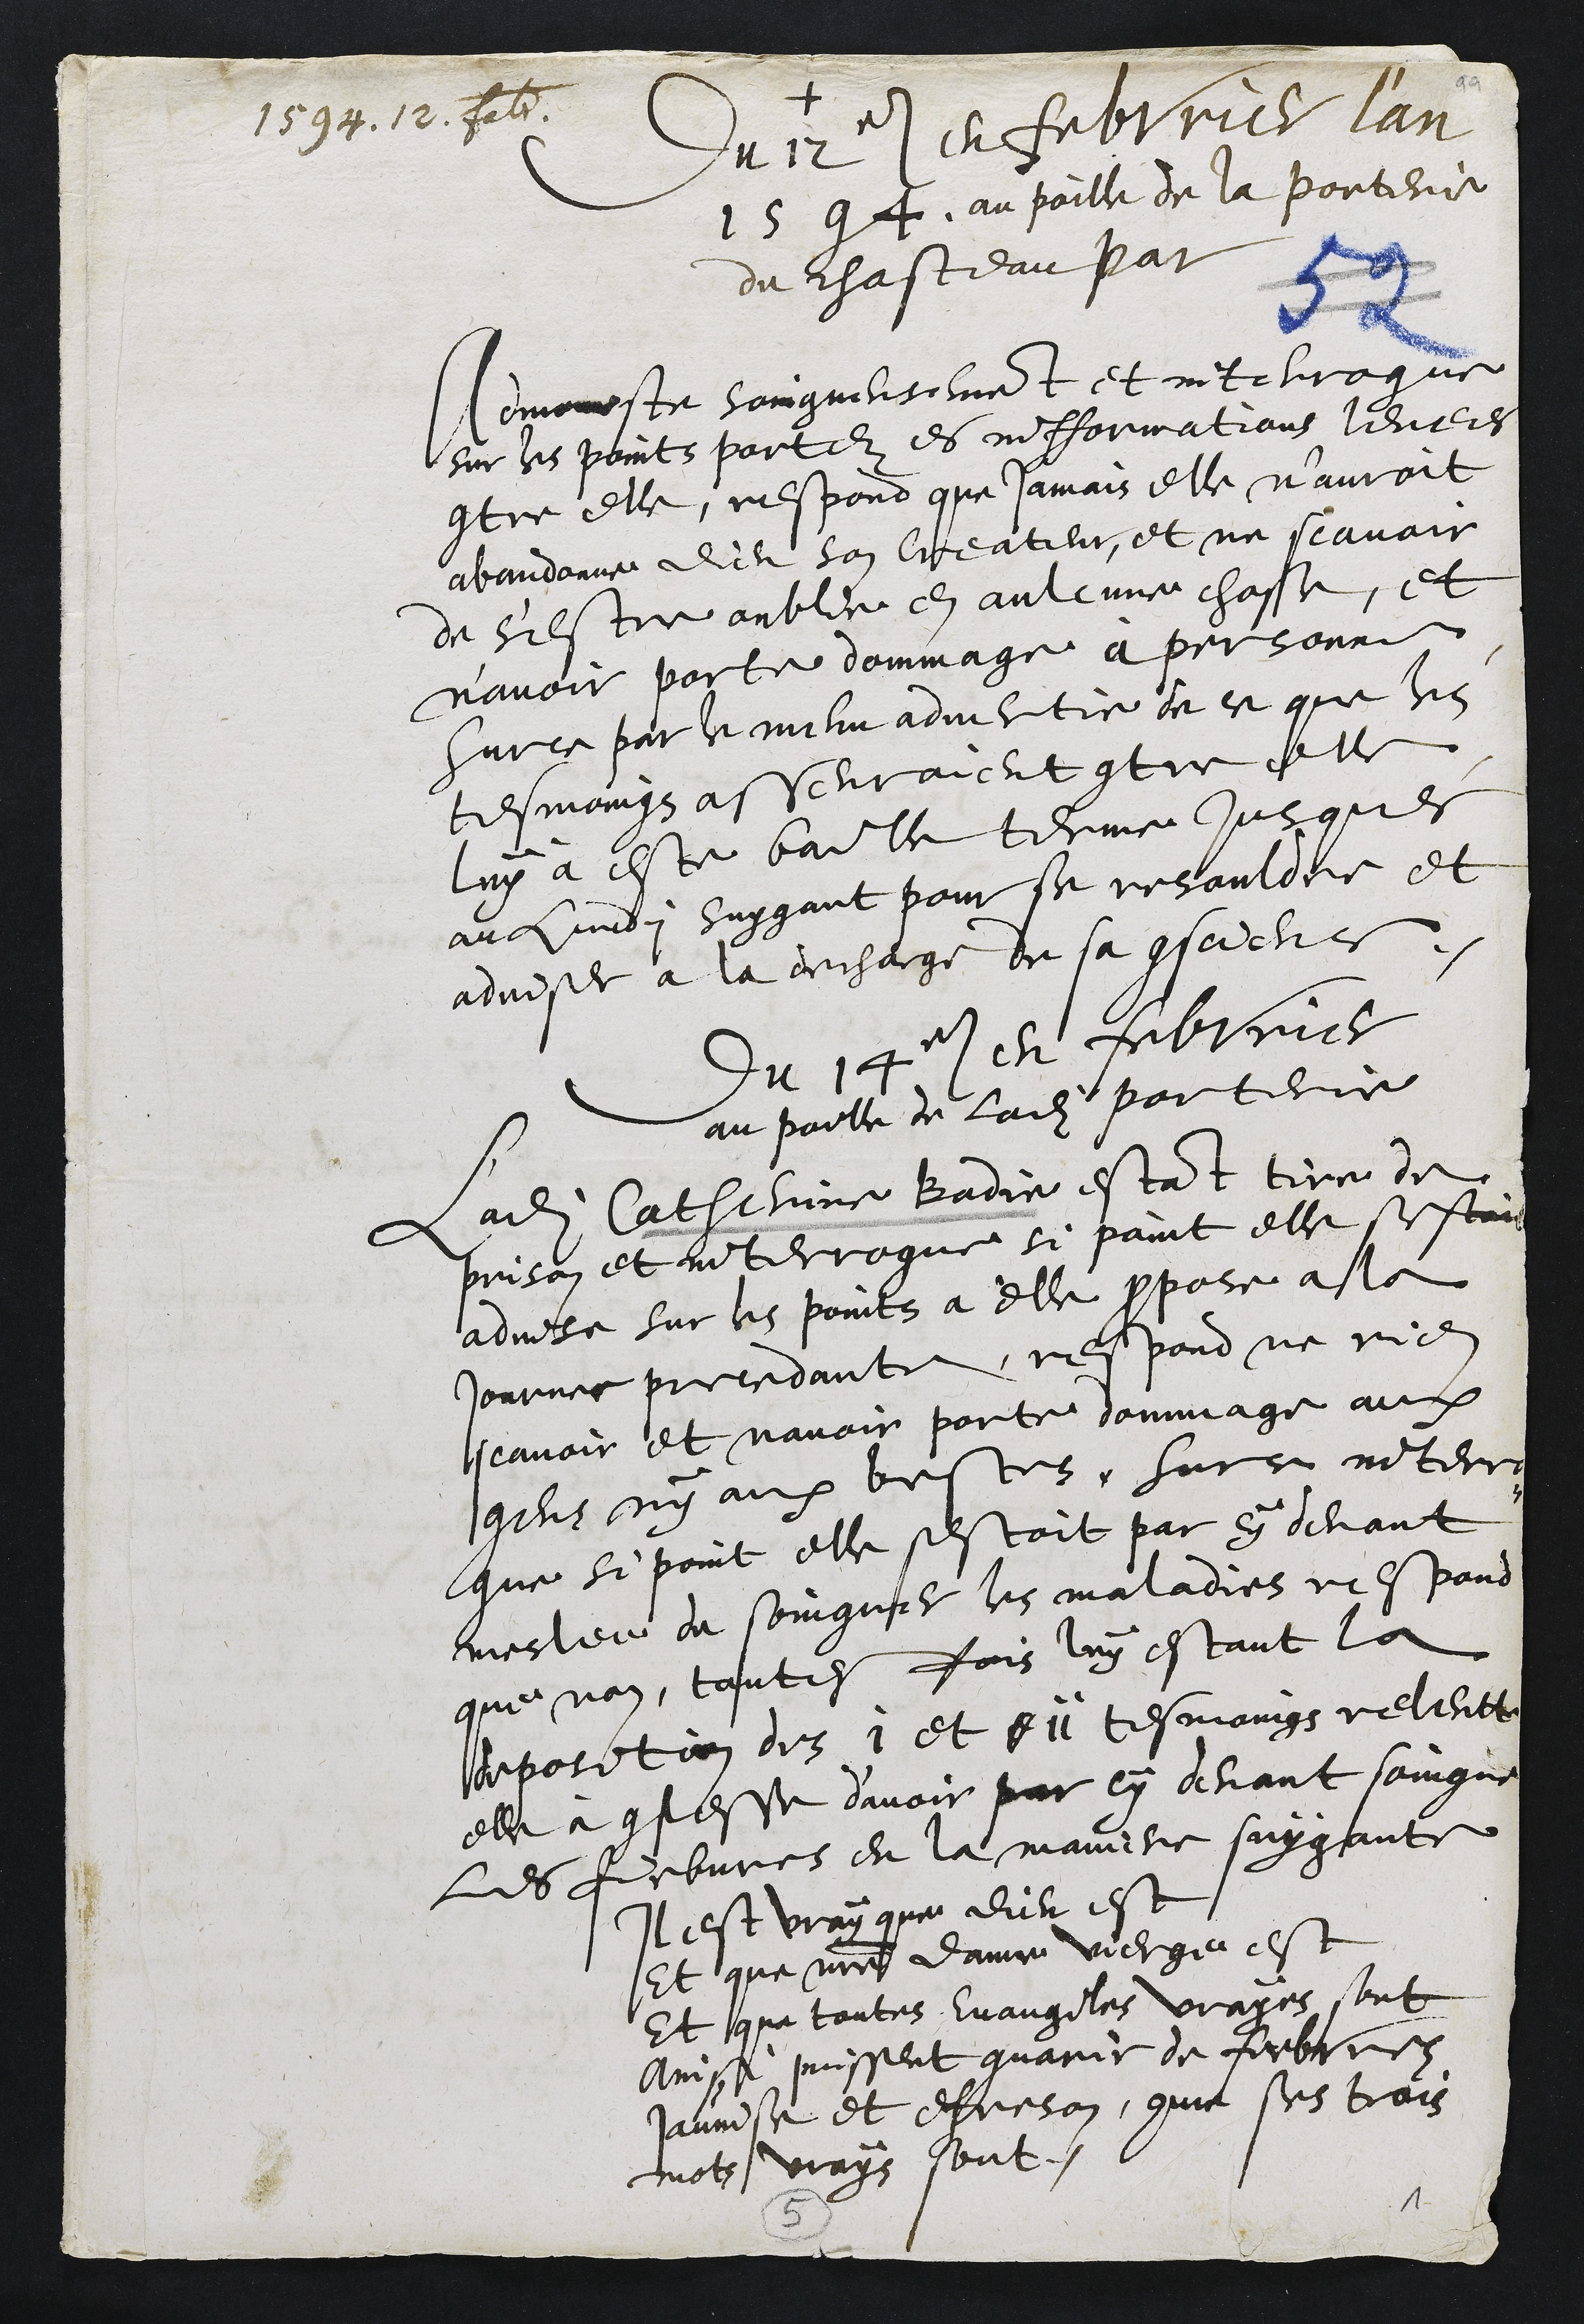
+
1594. 12. febr.
Du 12e en febvrier l'an
1594, au poille de la porterie
du chasteau par
Amoneste soingneusement et interrogue
sur les points portez es infformations levees
contre elle, respond que jamais elle n'auroit
abandonne dieu son Createur, et ne scavoir
de s'estre oublie en aulcune chose, et
n’avoir porte dommage à personne
Sur ce par le menu advertie de ce que les
tesmoings asseuroient contre elle
luy a este baille terme jusques
au lundy suygant pour se resouldre et
adviser à la decharge de sa conscience,
Du 14e en febvrier
au poille de ladite porterie
Ladite Catherine Badie estant tire de
prison et interrogue si point elle sestoit
advise sur les points a elle propose a la
journee precedante, respond ne rien
scavoir et navoir porte dommage aux
gens ny aux bestes, surce interro¬
gue si point elle sestoit par cy devant
meslée de soingner les maladies respond
que non, toutesfois luy estant la
deposition des i et d ii tesmoings releutte
elle à confesse d'avoir par cy devant soingne
les fiebvres en la maniere suygante
Il est vray que dieu est
Et que notre dame vierge est
Et que toutes Evangiles vrayes sont
Ainsi puissent guarir de fiebvres
Jaunise et efreson, comme ses trois
mots vrays sont.
5
1